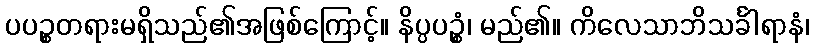
ပပဉ္စတရားမရှိသည်၏အဖြစ်ကြောင့်။ နိပ္ပပဉ္စံ၊ မည်၏။ ကိလေသာဘိသင်္ခါရာနံ၊